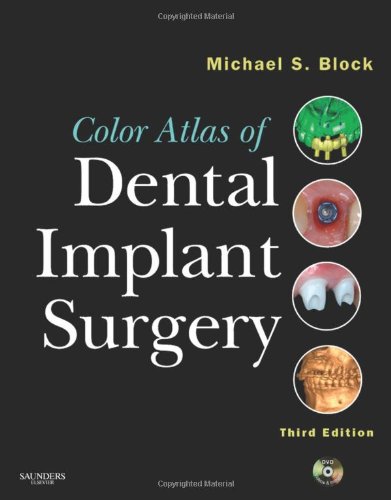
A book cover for Color Atlas of Dental Implant Surgery, 3e; Michael S. Block DMD; Medical Books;